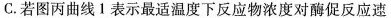
C. 若图丙曲线1表示最适温度下反应物浓度对酶促反应速